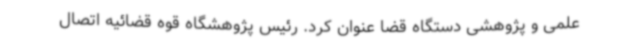
علمی و پژوهشی دستگاه قضا عنوان کرد. رئیس پژوهشگاه قوه قضائیه اتصال